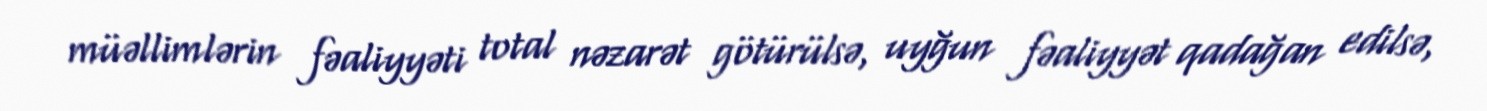
müəllimlərin fəaliyyəti total nəzarət götürülsə, uyğun fəaliyyət qadağan edilsə,